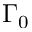
\Gamma _ { 0 }